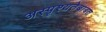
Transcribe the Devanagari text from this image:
अस्पृश्यतेबाबत